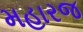
મહારજ